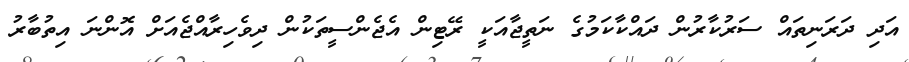
އަދި ދަރަނިތައް ސަރުކާރުން ދައްކާކަމުގެ ނަތީޖާއަކީ ރޭޓިން އެޖެންސީތަކުން ދިވެހިރާއްޖެއަށް އޮންނަ އިތުބާރު